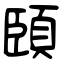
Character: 頣